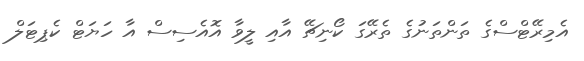
އެމިރޭޓްސްގެ ތަންތަނުގެ ތެރޭގަ ކޯނިޗޭ އާއި ލީވާ އޮއެސިސް އާ ހަޔަޓް ކެޕިޓަލް